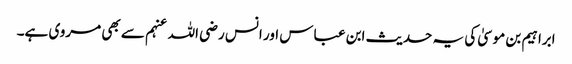
ابراہیم بن موسیٰ کی یہ حدیث ابن عباس اور انس رضی اللہ عنہم سے بھی مروی ہے۔